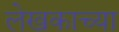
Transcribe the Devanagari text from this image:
लेखकाच्‍या